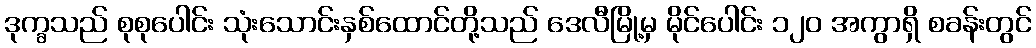
ဒုက္ခသည် စုစုပေါင်း သုံးသောင်းနှစ်ထောင်တို့သည် ဒေလီမြို့မှ မိုင်ပေါင်း ၁၂၀ အကွာရှိ စခန်းတွင်